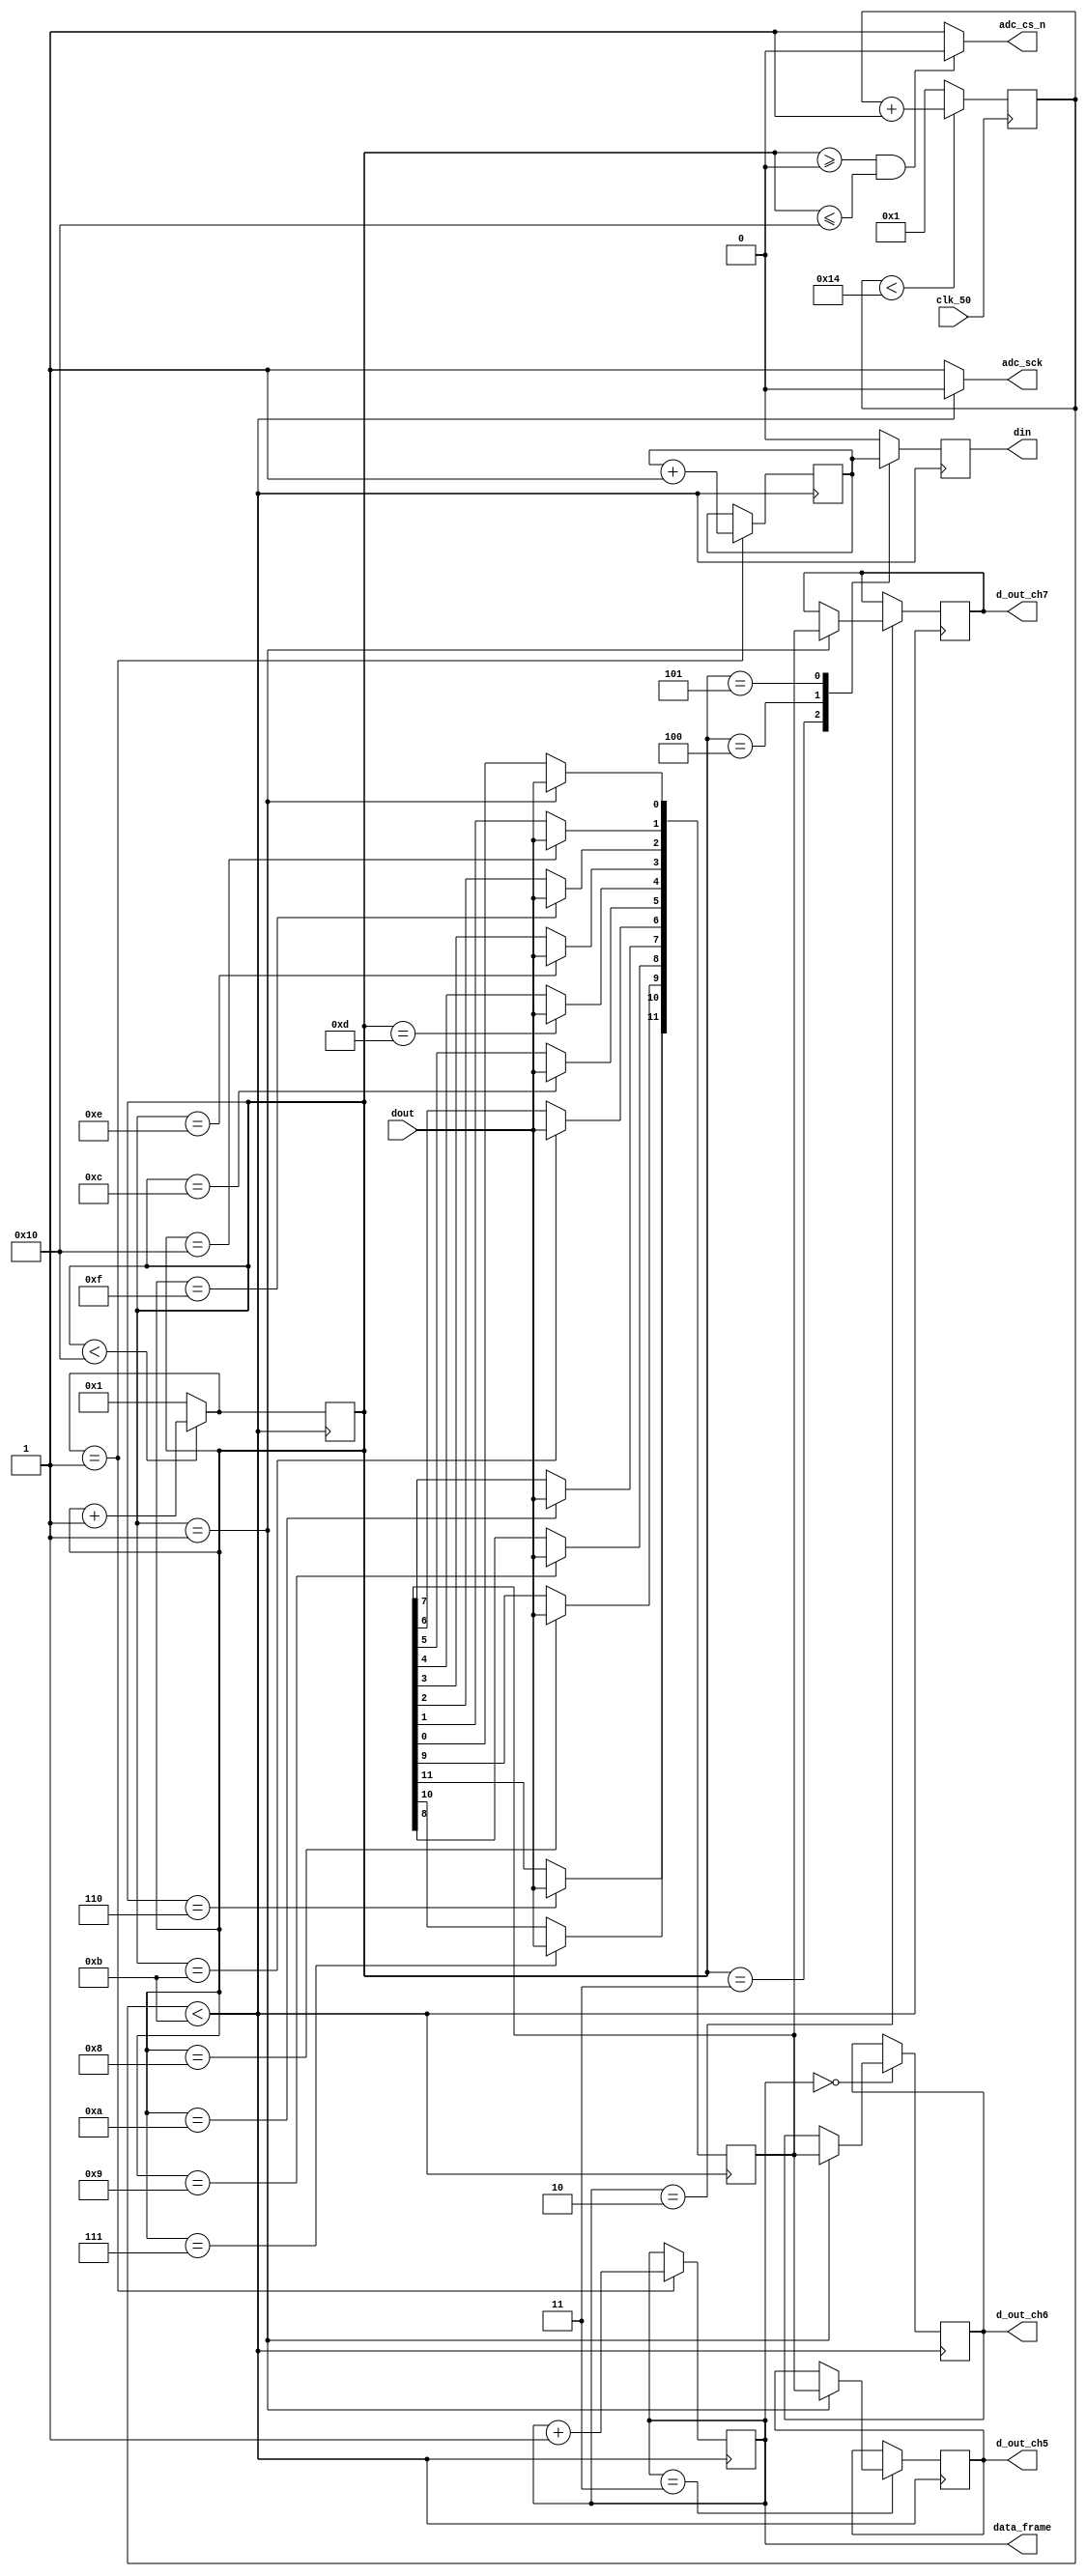
// SB : Task 2 A : ADC
/*
Instructions
-------------------
Students are not allowed to make any changes in the Module declaration.
This file is used to design ADC Controller.

Recommended Quartus Version : 19.1
The submitted project file must be 19.1 compatible as the evaluation will be done on Quartus Prime Lite 19.1.

Warning: The error due to compatibility will not be entertained.
-------------------
*/

//ADC Controller design
//Inputs  : clk_50 : 50 MHz clock, dout : digital output from ADC128S022 (serial 12-bit)
//Output  : adc_cs_n : Chip Select, din : Ch. address input to ADC128S022, adc_sck : 2.5 MHz ADC clock,
//				d_out_ch5, d_out_ch6, d_out_ch7 : 12-bit output of ch. 5,6 & 7,
//				data_frame : To represent 16-cycle frame (optional)

//////////////////DO NOT MAKE ANY CHANGES IN MODULE//////////////////
module adc_control(
	input  clk_50,				//50 MHz clock
	input  dout,				//digital output from ADC128S022 (serial 12-bit)
	output adc_cs_n,			//ADC128S022 Chip Select
	output din,					//Ch. address input to ADC128S022 (serial)
	output adc_sck,			//2.5 MHz ADC clock
	output [11:0]d_out_ch5,	//12-bit output of ch. 5 (parallel)
	output [11:0]d_out_ch6,	//12-bit output of ch. 6 (parallel)
	output [11:0]d_out_ch7,	//12-bit output of ch. 7 (parallel)
	output [1:0]data_frame	//To represent 16-cycle frame (optional)
);
	
////////////////////////WRITE YOUR CODE FROM HERE////////////////////
reg [8:0] counter = 0;
reg [4:0] sck_counter=0;
reg [1:0] dataframe=0;
reg [2:0] din_store=3'b100;
reg dinx;
reg [11:0]data_store;
reg [11:0]ch5=0;
reg [11:0]ch6=0;
reg [11:0]ch7=0;

always@(negedge clk_50) begin      //clock counter to convert into 2.5MHz
	if (counter < 20)
		counter = counter +1;
		else counter = 1;	 
end

assign adc_sck=(counter<11)?0:1;

always@(negedge adc_sck)begin    //Sclk counter to maintain a data frame of 16-bits
if(sck_counter<16)
sck_counter=sck_counter+1;
else sck_counter=1;

if(sck_counter==1) begin        //Data Frame updater
dataframe=dataframe+1;
din_store=din_store+1;           //din updater at beginning of data frame
end

end

assign data_frame=dataframe;
assign adc_cs_n=(sck_counter>=0 && sck_counter<=16)?0:1;          //Adc_cs_n Controller

always@(negedge adc_sck)begin         //din updater at counter 3,4,5 
case(sck_counter)

3:dinx=din_store[2];
4:dinx=din_store[1];
5:dinx=din_store[0];
default:dinx=0;
endcase
end

assign din=dinx;

always@(negedge adc_sck)begin         // store DATA to send 
case(sck_counter)
6:  data_store[11]=dout;
7:  data_store[10]=dout;
8:  data_store[9]=dout;
9:  data_store[8]=dout;
10: data_store[7]=dout;
11: data_store[6]=dout;
12: data_store[5]=dout;
13: data_store[4]=dout;
14: data_store[3]=dout;
15: data_store[2]=dout;
16: data_store[1]=dout;
1:  data_store[0]=dout;
endcase
end

always@(negedge adc_sck)begin										//Stored data assignment at respective data frame
case(dataframe)
2: if(sck_counter==1) begin ch7=data_store; end
3: if(sck_counter==1) begin ch5=data_store; end
0: if(sck_counter==1) begin ch6=data_store; end

endcase
end

assign d_out_ch5=ch5;
assign d_out_ch6=ch6;
assign d_out_ch7=ch7;

////////////////////////YOUR CODE ENDS HERE//////////////////////////
endmodule
///////////////////////////////MODULE ENDS///////////////////////////